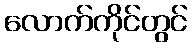
လောက်ကိုင်တွင်